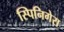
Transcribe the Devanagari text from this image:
स्पिनिगेरा